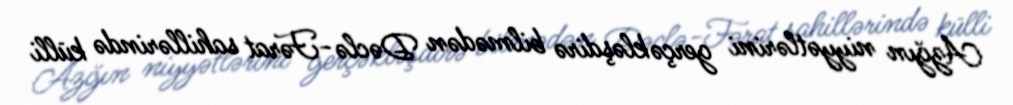
Azğın niyyətlərini gerçəkləşdirə bilmədən Dəclə-Fərat sahillərində külli